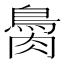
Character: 𦠂